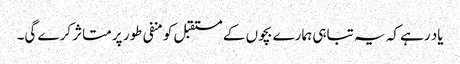
یاد رہے کہ یہ تباہی ہمارے بچوں کے مستقبل کو منفی طور پر متاثر کرے گی۔